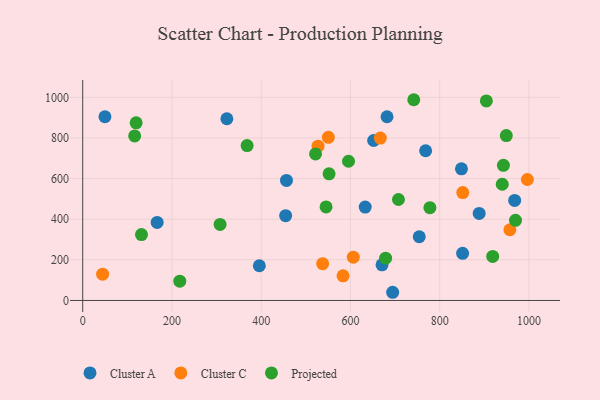
{"axis": {"x": "Price", "y": "Fuel Efficiency"}, "legend": ["Cluster A", "Cluster C", "Projected"], "data": [{"x": "166.8", "y": 384.5, "type": "Cluster A"}, {"x": "768.4", "y": 737.0, "type": "Cluster A"}, {"x": "967.9", "y": 492.8, "type": "Cluster A"}, {"x": "681.9", "y": 904.5, "type": "Cluster A"}, {"x": "633.0", "y": 460.0, "type": "Cluster A"}, {"x": "851.2", "y": 232.1, "type": "Cluster A"}, {"x": "456.6", "y": 591.0, "type": "Cluster A"}, {"x": "651.9", "y": 787.5, "type": "Cluster A"}, {"x": "694.5", "y": 40.4, "type": "Cluster A"}, {"x": "888.4", "y": 428.4, "type": "Cluster A"}, {"x": "395.8", "y": 171.0, "type": "Cluster A"}, {"x": "848.7", "y": 648.0, "type": "Cluster A"}, {"x": "754.1", "y": 313.8, "type": "Cluster A"}, {"x": "454.7", "y": 417.6, "type": "Cluster A"}, {"x": "670.7", "y": 175.7, "type": "Cluster A"}, {"x": "323.0", "y": 894.6, "type": "Cluster A"}, {"x": "49.8", "y": 904.5, "type": "Cluster A"}, {"x": "583.3", "y": 121.3, "type": "Cluster C"}, {"x": "957.2", "y": 348.3, "type": "Cluster C"}, {"x": "44.6", "y": 129.6, "type": "Cluster C"}, {"x": "666.9", "y": 799.4, "type": "Cluster C"}, {"x": "527.3", "y": 759.8, "type": "Cluster C"}, {"x": "537.6", "y": 181.4, "type": "Cluster C"}, {"x": "851.6", "y": 531.1, "type": "Cluster C"}, {"x": "606.3", "y": 213.3, "type": "Cluster C"}, {"x": "996.4", "y": 595.5, "type": "Cluster C"}, {"x": "550.4", "y": 803.4, "type": "Cluster C"}, {"x": "116.4", "y": 810.0, "type": "Projected"}, {"x": "217.5", "y": 95.2, "type": "Projected"}, {"x": "521.7", "y": 721.6, "type": "Projected"}, {"x": "969.8", "y": 394.6, "type": "Projected"}, {"x": "918.7", "y": 216.8, "type": "Projected"}, {"x": "368.4", "y": 762.8, "type": "Projected"}, {"x": "940.1", "y": 572.3, "type": "Projected"}, {"x": "545.3", "y": 460.7, "type": "Projected"}, {"x": "949.2", "y": 811.9, "type": "Projected"}, {"x": "741.8", "y": 988.3, "type": "Projected"}, {"x": "119.7", "y": 874.4, "type": "Projected"}, {"x": "942.7", "y": 665.2, "type": "Projected"}, {"x": "904.5", "y": 982.4, "type": "Projected"}, {"x": "707.5", "y": 497.0, "type": "Projected"}, {"x": "595.6", "y": 685.5, "type": "Projected"}, {"x": "778.0", "y": 457.1, "type": "Projected"}, {"x": "307.8", "y": 374.6, "type": "Projected"}, {"x": "131.7", "y": 324.5, "type": "Projected"}, {"x": "552.0", "y": 623.6, "type": "Projected"}, {"x": "678.7", "y": 208.4, "type": "Projected"}]}